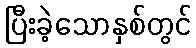
ပြီးခဲ့သောနှစ်တွင်